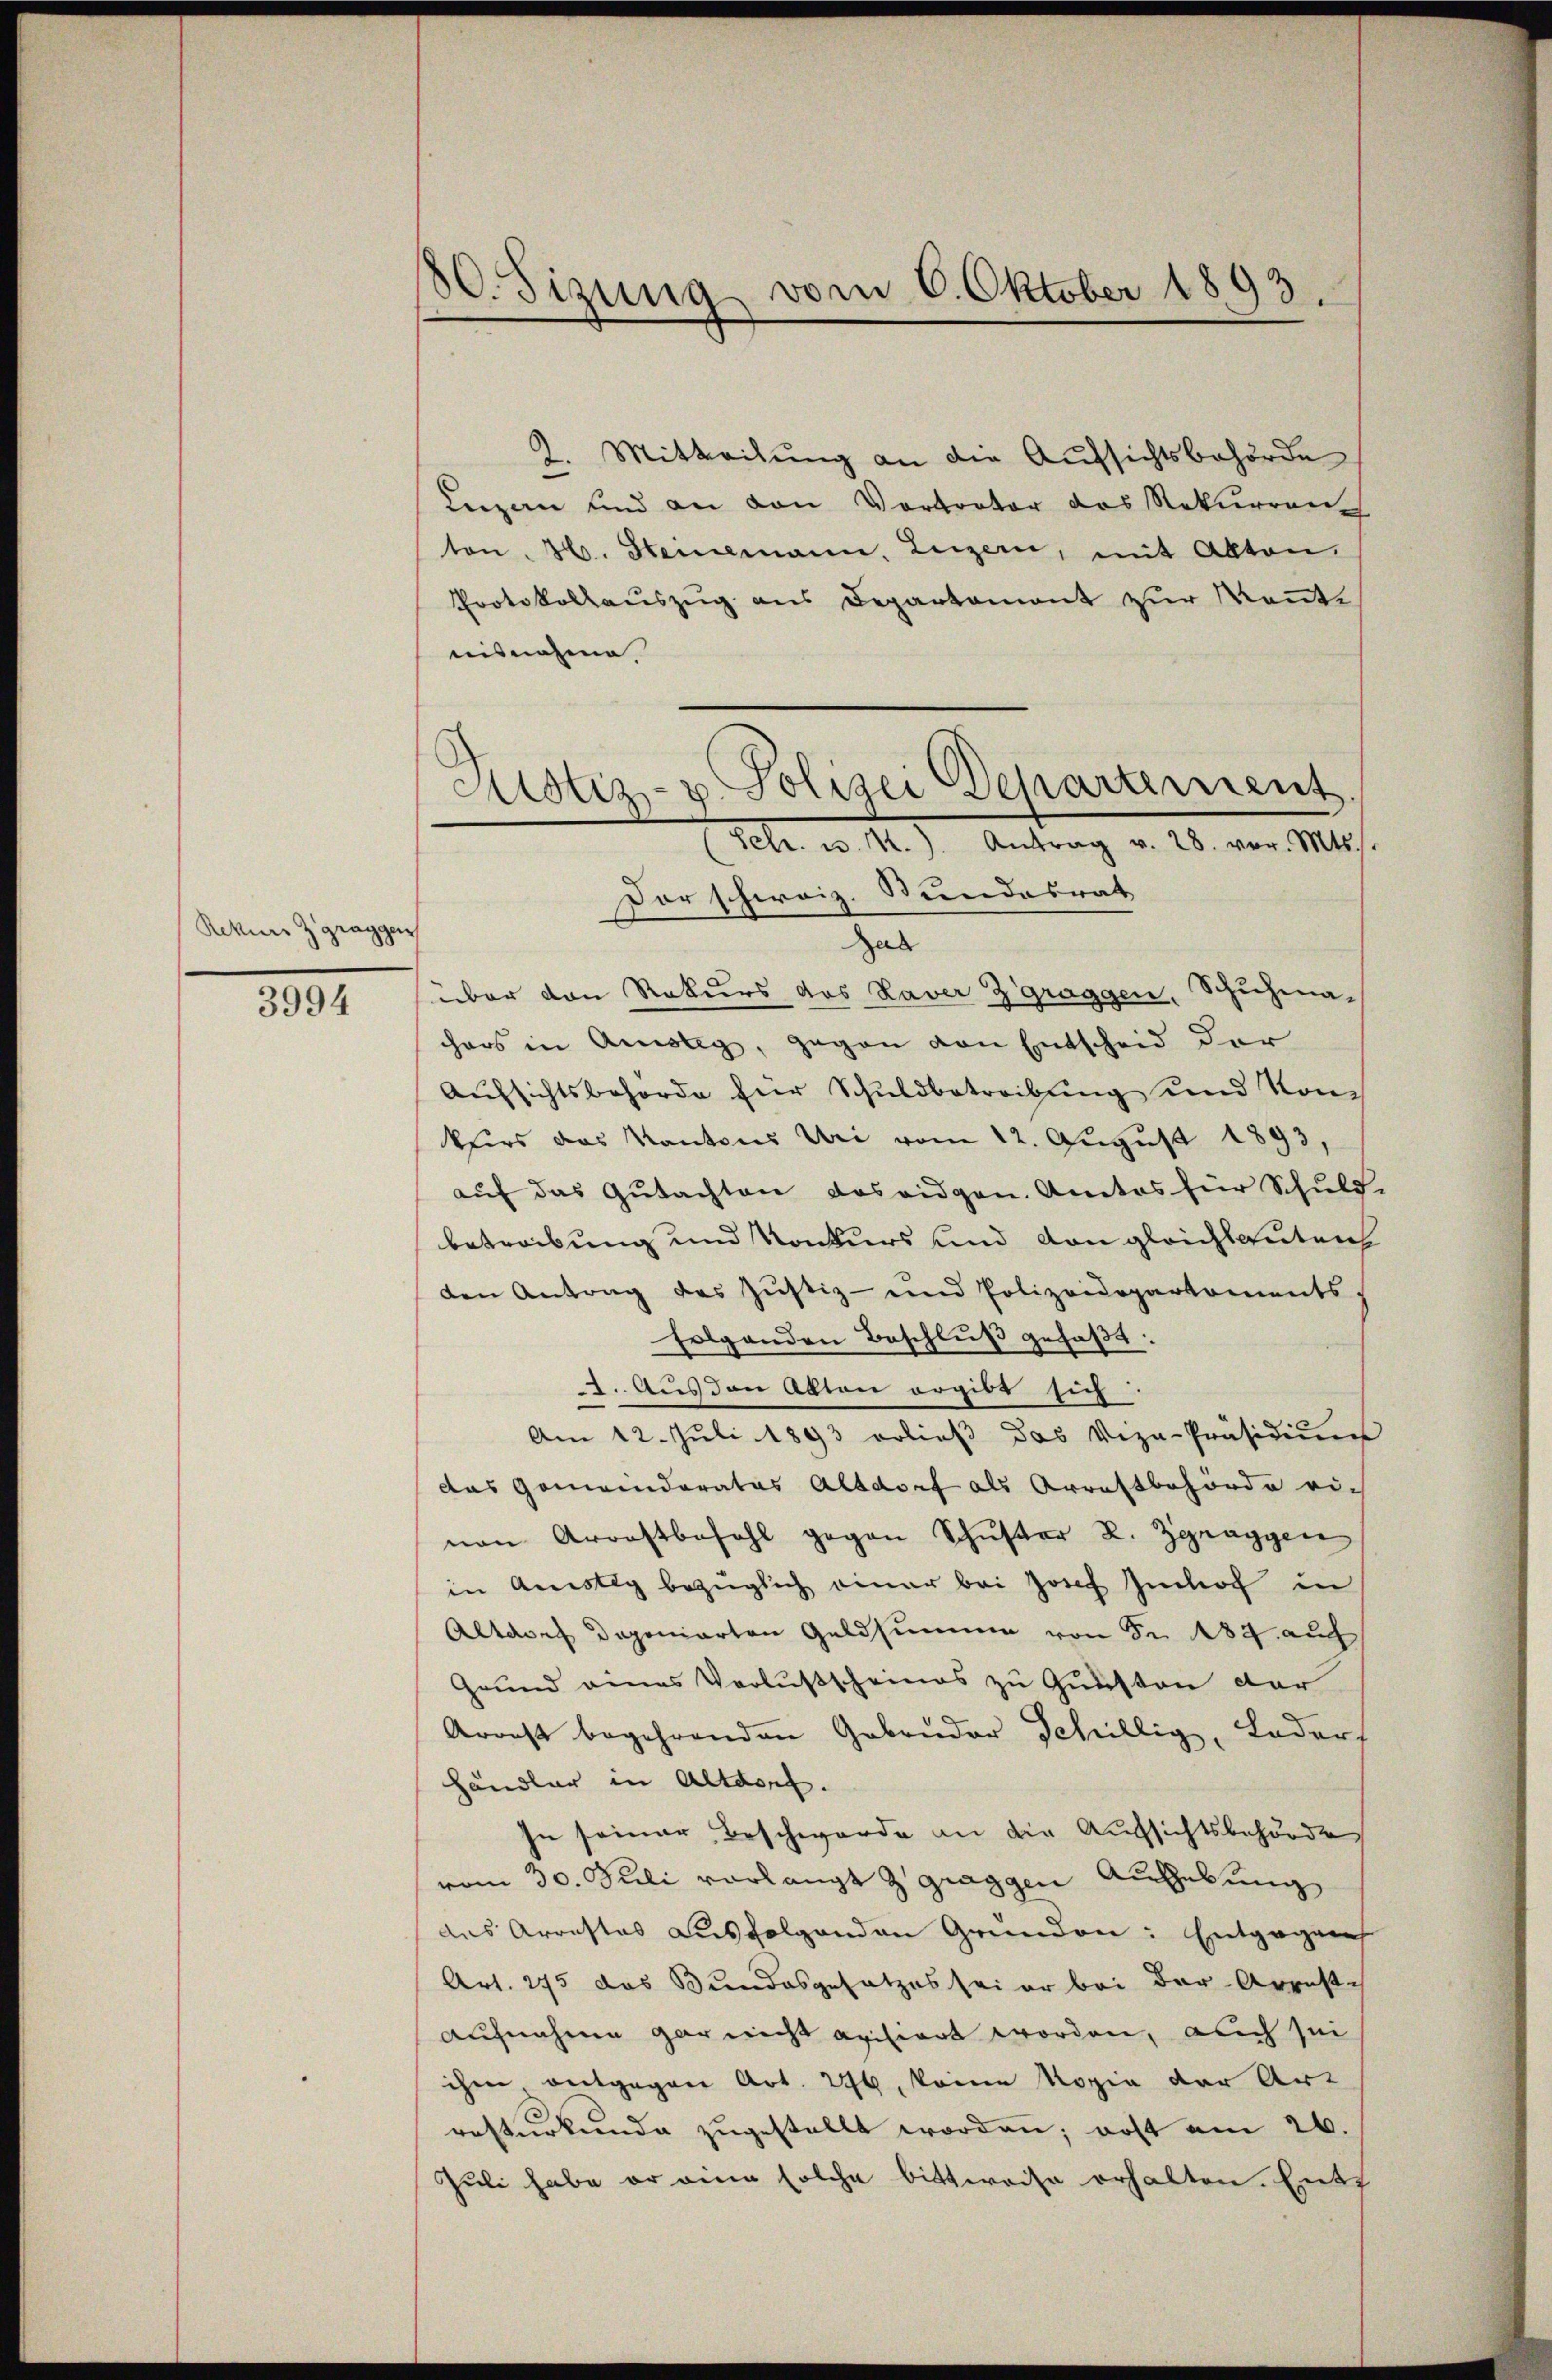
Rekurs Zgraggen

3994

30. Sizung vom 6. Oktober 1893.

2. Mitteilung an die Aufsichtsbehörde
Lezen und an den Vortreter das Rekurrenz
ton. 36. Steinemann, Luzern, mit Akten.
Protokollauszug aus Departament zur Mante
uisnahme
Zal
über den Rekurs das Raver Zgraggen, Schuhmahers in Amsteg, gegen von Entscheid der
Aufsichtsbehörde für Schuldbetreibung und Konkurs das Kantons Uri vom 12. August 1893,
aŭf das Gŭtachten das eidgen. Amtes für Schuld-
betreibung und Konkurs und von gleichlauten
den Antrag des Justiz- und Polizeidepartaments.
folgenden Beschluß gefaßt:
2. Aus den Akten ergibt sich
Am 12. Juli 1893 erließ das Vize-Präsidiŭms
das Gemeinderates Altdorf als Arrestbehörde ei-
nen Arrestbefehl gegen Schŭster R. Zgraggen
in Anstig bezüglich einer bei Josef noch in
Altares Deponierten Geldsumme von Fr. 484. auch
Grund eines Verlußscheines zu Gunsten der
Aronst begehrenden Gabender Schillig, Leder
händler in Altdorf.
In seiner Beschwerde an die Aufsichtsbehörde
vom 30. Juli vorlangt & graggen Aufhebung
das Arrestes ausfolgenden Grunden: Entgegens
Art. 275 das Bundesgesetzes sei er bei der Arreste
Aufnahme gar nicht avisiert worden, auch sei
ihm entgegen Art. 296, keine Kopie der Art
resterkunde zugestellt worden; rost am 26.
Juli habe er eine solche bittweise erhalten. Ent¬

Sistiz- u. Polizei Departement.
Febr. v. M.) Antrag v. 28. vor. Mts.
Der schweiz. Stundesrat